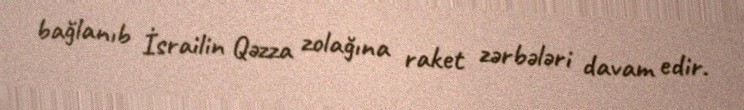
bağlanıb İsrailin Qəzza zolağına raket zərbələri davam edir.